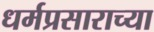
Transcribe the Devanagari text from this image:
धर्मप्रसाराच्या